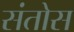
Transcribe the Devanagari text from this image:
संतोस